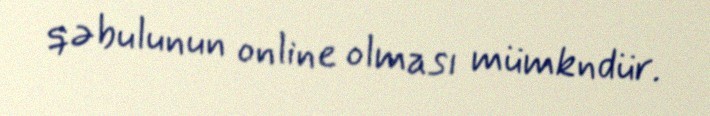
qəbulunun online olması mümkndür.